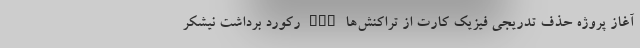
آغاز پروژه حذف تدریجی فیزیک کارت از تراکنش‌ها nan رکورد برداشت نیشکر